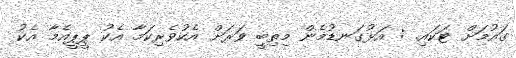
ގައުމަށް ޓަކައި. : އަޅުގަނޑުމެން މިތިބީ ވަރަށް އެކުވެރިކަމާ އެކު ޕީޕީއެމާ އެކު